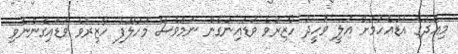
މިއަދުގެ އަޑުއެހުމަށް އަލީ ވަހީދު ހާޒިރުވެ ވަޑައިނުގެން ނަމަވެސް މަހުލޫފު ހާޒިރުވެ ވަޑައިގެންނެވި